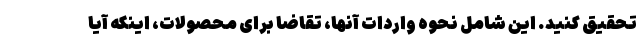
تحقیق کنید. این شامل نحوه واردات آنها، تقاضا برای محصولات، اینکه آیا